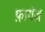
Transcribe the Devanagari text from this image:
फ़ायेज़